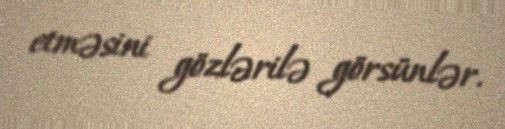
etməsini gözlərilə görsünlər.